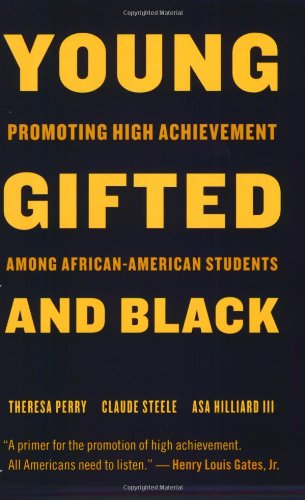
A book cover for Young, Gifted, and Black: Promoting High Achievement among African-American Students; Theresa Perry; Education & Teaching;